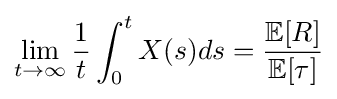
\lim _{t\to \infty }{\frac {1}{t}}\int _{0}^{t}X(s)ds={\frac {\mathbb {E} [R]}{\mathbb {E} [\tau ]}}